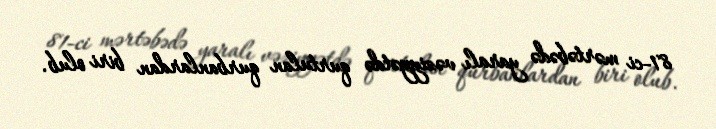
81-ci mərtəbədə yaralı vəziyyətdə qurtulan qurbanlardan biri olub.